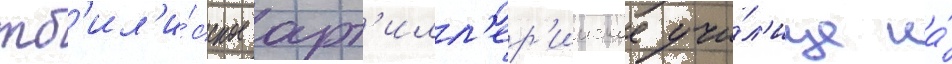
тб'ил'и́сское арт'илл'ер'ииское учи́л'ище на́